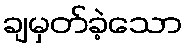
ချမှတ်ခဲ့သော